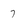
Character: 7